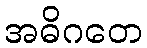
အဓိဂတေ